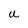
Character: U